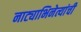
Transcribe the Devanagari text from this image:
नाट्याभिनेत्यांची